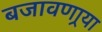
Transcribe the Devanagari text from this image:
बजावणार्‍या